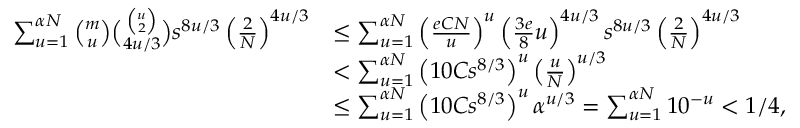
\begin{array} { r l } { \sum _ { u = 1 } ^ { \alpha N } \binom { m } { u } \binom { \binom { u } { 2 } } { 4 u / 3 } s ^ { 8 u / 3 } \left( \frac { 2 } { N } \right) ^ { 4 u / 3 } } & { \le \sum _ { u = 1 } ^ { \alpha N } \left( \frac { e C N } { u } \right) ^ { u } \left( \frac { 3 e } { 8 } u \right) ^ { 4 u / 3 } s ^ { 8 u / 3 } \left( \frac { 2 } { N } \right) ^ { 4 u / 3 } } \\ & { < \sum _ { u = 1 } ^ { \alpha N } \left( 1 0 C s ^ { 8 / 3 } \right) ^ { u } \left( \frac { u } { N } \right) ^ { u / 3 } } \\ & { \le \sum _ { u = 1 } ^ { \alpha N } \left( 1 0 C s ^ { 8 / 3 } \right) ^ { u } \alpha ^ { u / 3 } = \sum _ { u = 1 } ^ { \alpha N } 1 0 ^ { - u } < 1 / 4 , } \end{array}